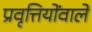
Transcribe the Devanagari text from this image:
प्रवृत्तियोंवाले